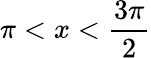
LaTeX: \pi<x<{\frac{3\pi}{2}}